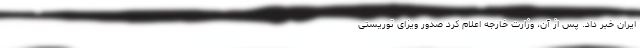
ایران خبر داد. پس از آن، وزارت خارجه اعلام کرد صدور ویزای توریستی